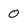
Character: 0